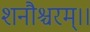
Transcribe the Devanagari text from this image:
शनौश्चरम्।।